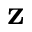
\mathbf { z }